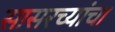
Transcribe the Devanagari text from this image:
सासरच्यांचा